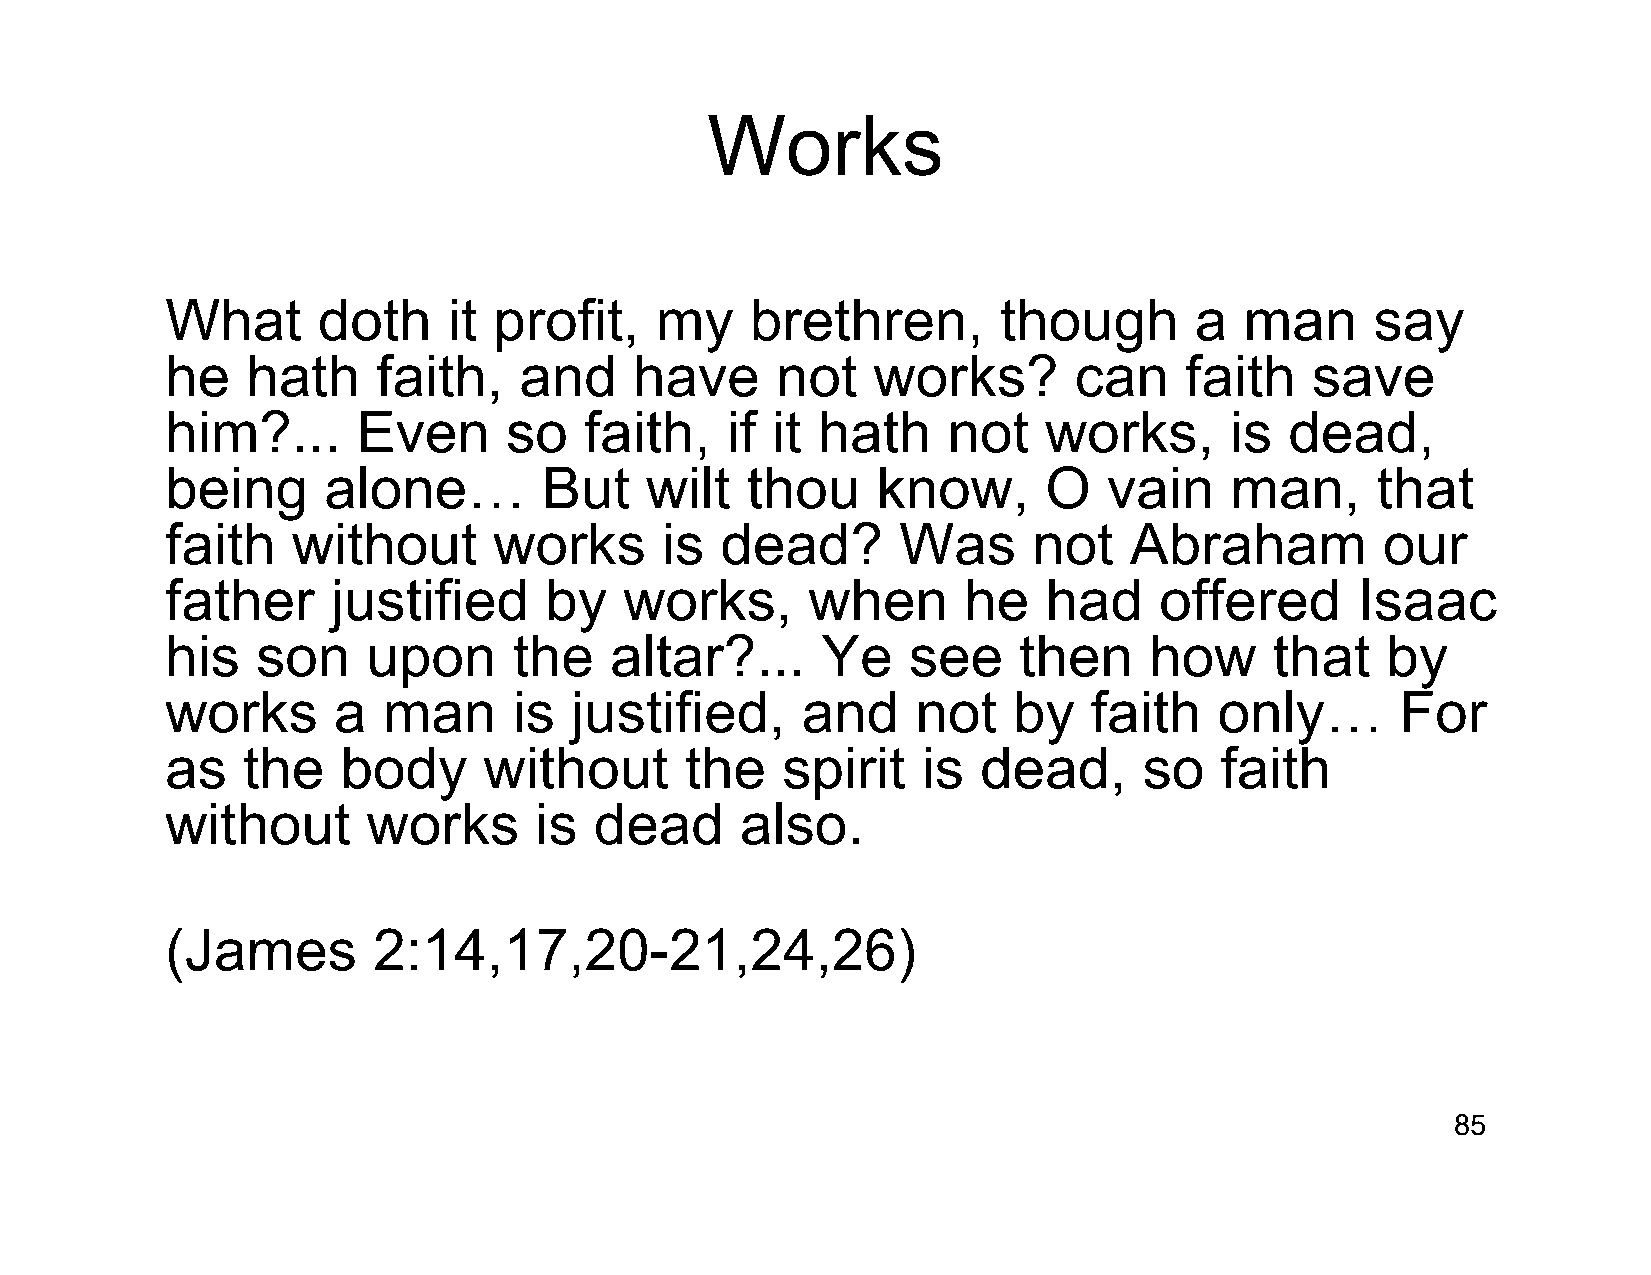
Works
 What      doth     it profit,   my     brethren,       though       a  man      say
 he   hath     faith,   and     have     not    works?       can    faith    save
 him?...      Even     so    faith,   if it hath     not   works,      is  dead,
 being     alone…         But    wilt  thou     know,      O   vain    man,      that
 faith   without       works      is  dead?      Was      not    Abraham          our
 father     justified     by   works,      when       he   had     offered      Isaac
 his   son    upon      the   altar?...     Ye    see    then     how     that    by
 works      a  man      is  justified,     and     not   by   faith    only…       For
 as   the    body     without      the    spirit   is  dead,      so   faith
 without      works      is  dead      also.
 (James        2:14,17,20-21,24,26)
 85